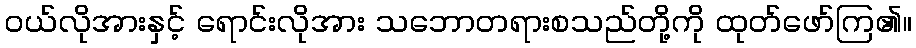
ဝယ်လိုအားနှင့် ရောင်းလိုအား သဘောတရားစသည်တို့ကို ထုတ်ဖော်ကြ၏။